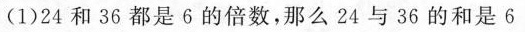
(1)24和36都是6的倍数，那么24与36的和是6